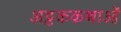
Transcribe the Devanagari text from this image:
अट्टककथाओं